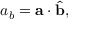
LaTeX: a _ { b } = \mathbf { a } \cdot { \widehat { \mathbf { b } } } ,